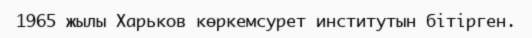
1965 жылы Харьков көркемсурет институтын бітірген.